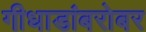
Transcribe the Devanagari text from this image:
गीधाडांबरोबर